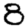
Digit: 8